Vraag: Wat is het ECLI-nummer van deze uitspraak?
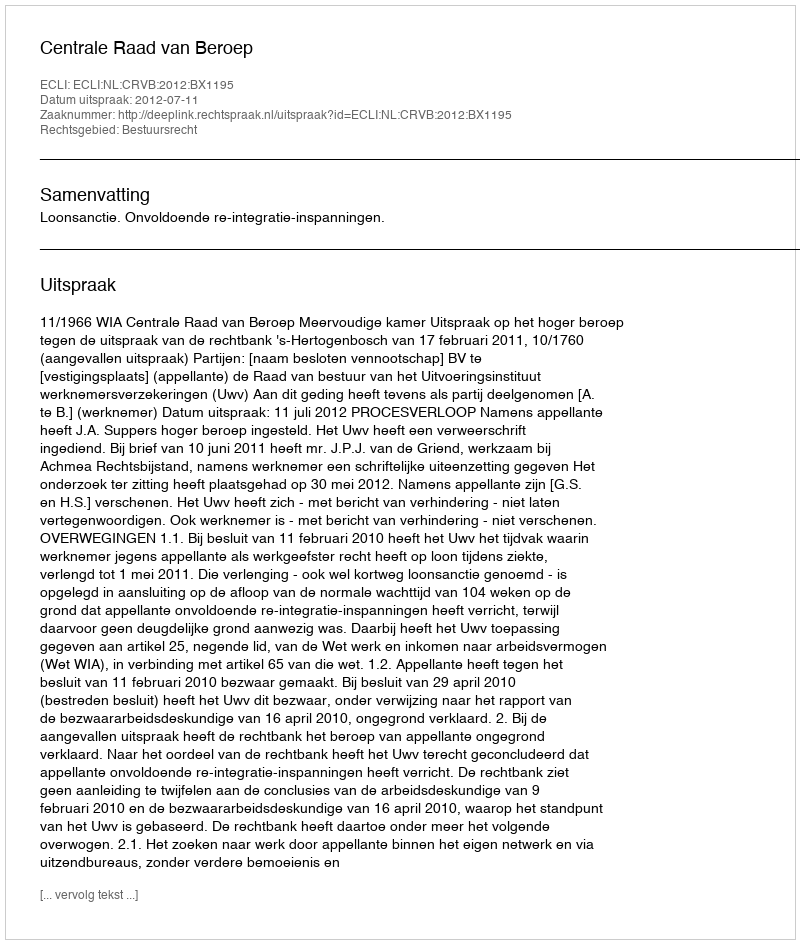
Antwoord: ECLI:NL:CRVB:2012:BX1195